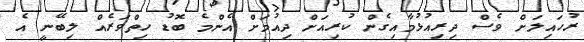
ރުހައިލަށް ވެސް ދިރިއުޅުމާއިގެން ކުރިއަށް ދިއުމަށް އެންމެ ބޮޑު ހިތްވަރެއް ލިބޭނީ އެ